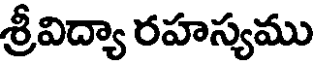
శ్రీవిద్యా రహస్యము